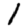
Digit: 1